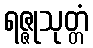
ရဇ္ဇုသုတ္တံ